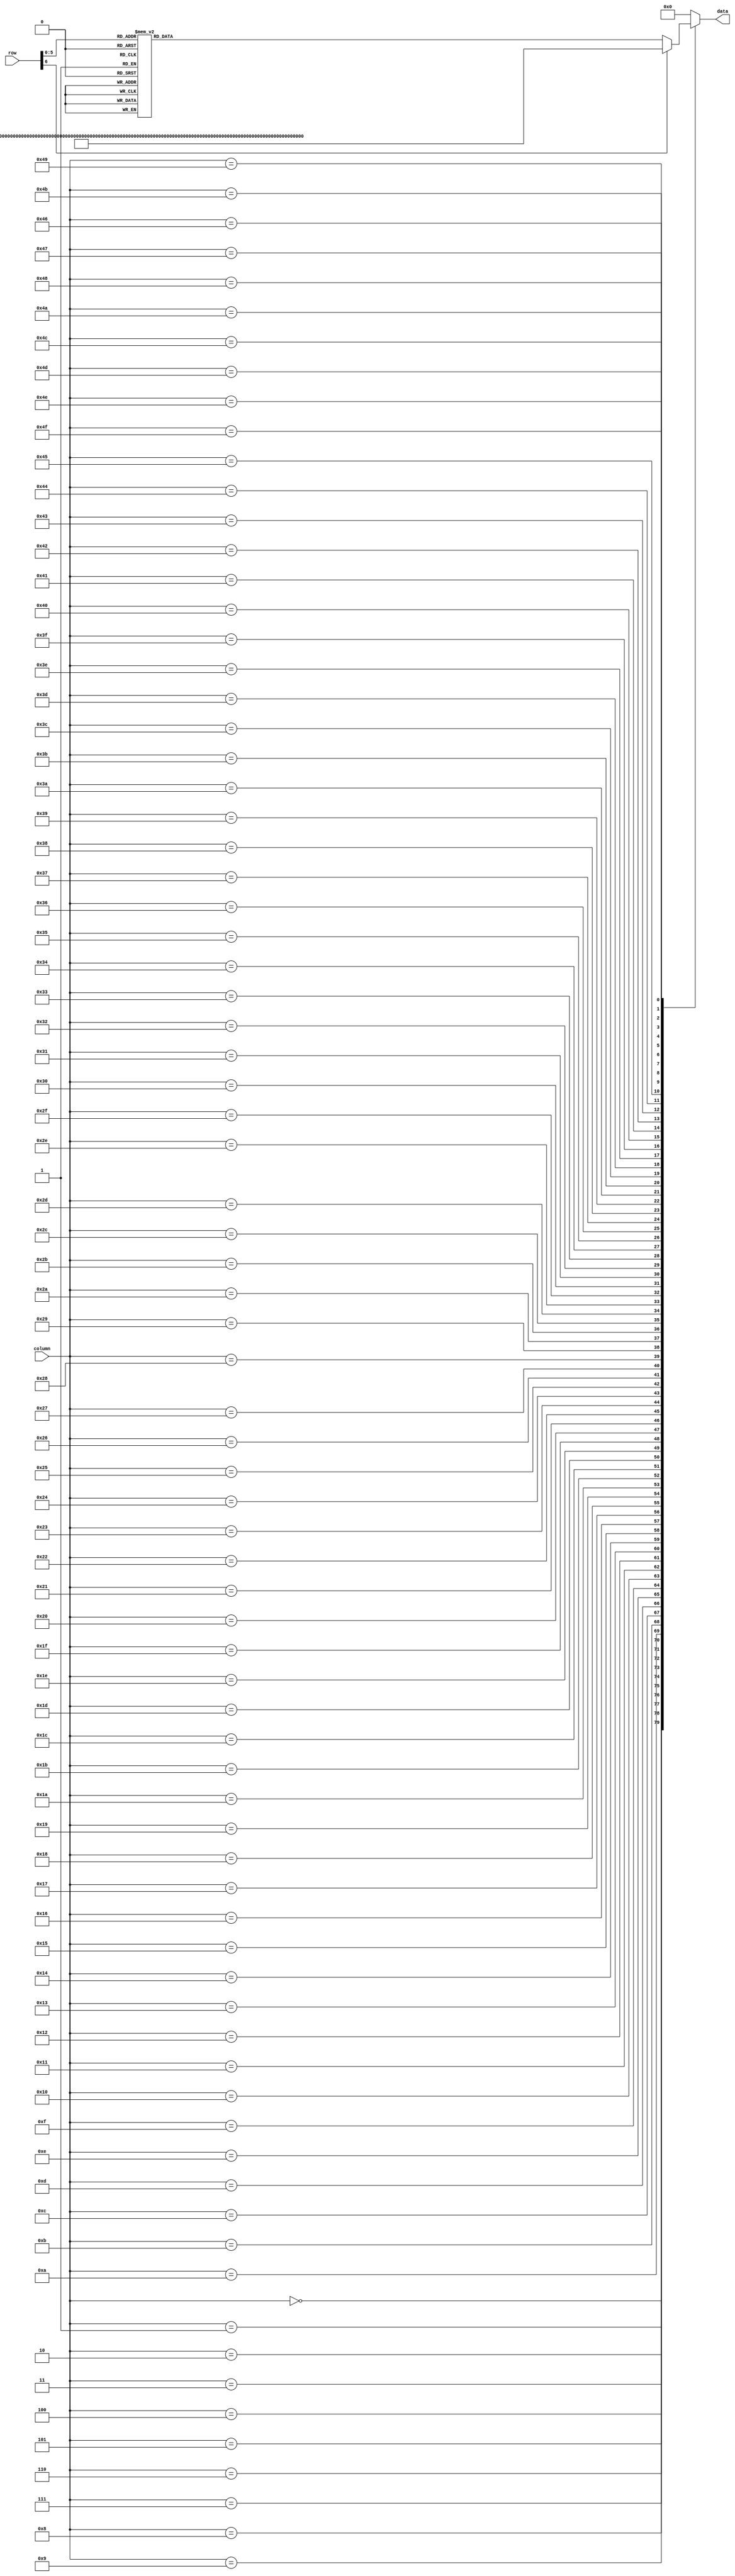
module vga_rom(row, column, data);
	// vga_rom basically holds the background characters to display, feel free to modify as desired.
	input [6:0] row, column;
	output reg [7:0] data;
	reg [8*80-1:0] row_data;

	// implement a asyncronous 60 word x 640 bit ROM
	// based on the row input row_data will be the 640-bit output representing the 80 8-bit characters making up the row 
	// note in character_lookup module the character for ASCII '_' and the following character have been replaced
	// with a visual representation of "off" and "on" for the purpose of visualizing binary data
	always @ (row) begin
		case(row)
	//     COLUMN             0         1         2         3         4         5         6         7
	//     NUMBER             01234567890123456789012345678901234567890123456789012345678901234567890123456789
			7'd00: row_data <= "          COMPUTER ARCHITECTURE PROCESSOR VISUALIZATION                         ";
			7'd01: row_data <= "              REGISTER FILE                      MEMORY                         ";
			7'd02: row_data <= "        HEX       BINARY               HEX       BINARY                         ";
			7'd03: row_data <= "            FEDCBA98 76543210              FEDCBA98 76543210                    ";
			7'd04: row_data <= "    R7 0000 ________ ________  MEM XX 0000 ________ ________                    ";
			7'd05: row_data <= "    R6 0000 ________ ________  MEM XX 0000 ________ ________                    ";
			7'd06: row_data <= "    R5 0000 ________ ________  MEM XX 0000 ________ ________                    ";
			7'd07: row_data <= "    R4 0000 ________ ________  MEM XX 0000 ________ ________                    ";
			7'd08: row_data <= "    R3 0000 ________ ________  MEM XX 0000 ________ ________                    ";
			7'd09: row_data <= "    R2 0000 ________ ________  MEM XX 0000 ________ ________                    ";
			7'd10: row_data <= "    R1 0000 ________ ________  MEM XX 0000 ________ ________                    ";
			7'd11: row_data <= "    R0 0000 ________ ________  MEM XX 0000 ________ ________                    ";
		   7'd12: row_data <= "                               MEM XX 0000 ________ ________                    ";
			7'd13: row_data <= "   DATA BUSSES                 MEM XX 0000 ________ ________                    ";
			7'd14: row_data <= "        HEX       BINARY       MEM XX 0000 ________ ________                    ";
			7'd15: row_data <= "            FEDCBA98 76543210  MEM XX 0000 ________ ________                    ";
			7'd16: row_data <= "  DATA 0000 ________ ________  MEM XX 0000 ________ ________                    ";
			7'd17: row_data <= "     A 0000 ________ ________  MEM XX 0000 ________ ________                    ";
			7'd18: row_data <= "     B 0000 ________ ________  MEM XX 0000 ________ ________                    ";
			7'd19: row_data <= " ADDRS 0000 ________ ________  MEM XX 0000 ________ ________                    ";
			7'd20: row_data <= "    PC 0000 ________ ________  MEM XX 0000 ________ ________                    ";
			7'd21: row_data <= " INSTR 0000 ________ ________  MEM XX 0000 ________ ________                    ";
			7'd22: row_data <= "                               MEM XX 0000 ________ ________                    ";
			7'd23: row_data <= "   CONTROL SIGNALS             MEM XX 0000 ________ ________                    ";
			7'd24: row_data <= "        HEX       BINARY       MEM XX 0000 ________ ________                    ";
			7'd25: row_data <= "            FEDCBA98 76543210  MEM XX 0000 ________ ________                    ";
			7'd26: row_data <= "    FS   00             _____  MEM XX 0000 ________ ________                    ";
			7'd27: row_data <= "    WR    0                 _  MEM XX 0000 ________ ________                    ";
			7'd28: row_data <= "    DA    0               ___  MEM XX 0000 ________ ________                    ";
			7'd29: row_data <= "    SA    0               ___  MEM XX 0000 ________ ________                    ";
			7'd30: row_data <= "    SB    0               ___  MEM XX 0000 ________ ________                    ";
			7'd31: row_data <= "  NAME 0000 ________ ________  MEM XX 0000 ________ ________                    ";
			7'd32: row_data <= "  NAME 0000 ________ ________  MEM XX 0000 ________ ________                    ";
			7'd33: row_data <= "  NAME 0000 ________ ________  MEM XX 0000 ________ ________                    ";
			7'd34: row_data <= "  NAME 0000 ________ ________  MEM XX 0000 ________ ________                    ";
			7'd35: row_data <= "  NAME 0000 ________ ________  MEM XX 0000 ________ ________                    ";
			7'd36: row_data <= "  NAME 0000 ________ ________  MEM XX 0000 ________ ________                    ";
			7'd37: row_data <= "  NAME 0000 ________ ________  MEM XX 0000 ________ ________                    ";
			7'd38: row_data <= "  NAME 0000 ________ ________  MEM XX 0000 ________ ________                    ";
			7'd39: row_data <= "  NAME 0000 ________ ________  MEM XX 0000 ________ ________                    ";
			7'd40: row_data <= "  NAME 0000 ________ ________  MEM XX 0000 ________ ________                    ";
			7'd41: row_data <= "  NAME 0000 ________ ________  MEM XX 0000 ________ ________                    ";
			7'd42: row_data <= "  NAME 0000 ________ ________  MEM XX 0000 ________ ________                    ";
			7'd43: row_data <= "  NAME 0000 ________ ________  MEM XX 0000 ________ ________                    ";
			7'd44: row_data <= "  NAME 0000 ________ ________  MEM XX 0000 ________ ________                    ";
			7'd45: row_data <= "  NAME 0000 ________ ________  MEM XX 0000 ________ ________                    ";
			7'd46: row_data <= "                                                                                ";
			7'd47: row_data <= "       CONTROL WORD HIGH              CONTROL WORD LOW                          ";
			7'd48: row_data <= "        HEX       BINARY               HEX       BINARY                         ";
			7'd49: row_data <= "            FEDCBA98 76543210              FEDCBA98 76543210                    ";
			7'd50: row_data <= "  HIGH 0000 ________ ________     LOW 0000 ________ ________                    ";
			7'd51: row_data <= "                                                                                ";
			7'd52: row_data <= "         STATUS SIGNALS                                                         ";
			7'd53: row_data <= "         HEX             VCNZ                                                   ";
			7'd54: row_data <= "          0              ____                                                   ";
			7'd55: row_data <= "                                                                                ";
			7'd56: row_data <= "                                                                                ";
			7'd57: row_data <= "                                                                                ";
			7'd58: row_data <= "                                                                                ";
			7'd59: row_data <= "                                                                                ";
			default: 
					 row_data <= "                                                                                ";
		endcase
	end
	
	// implement a 8-bit 64-to-1 multiplexer to select the 8-bits from the row corresponing with the column input
	always @ (*) begin
		case (column)
			7'd00: data <= row_data[8*80-1:8*79];
			7'd01: data <= row_data[8*79-1:8*78];
			7'd02: data <= row_data[8*78-1:8*77];
			7'd03: data <= row_data[8*77-1:8*76];
			7'd04: data <= row_data[8*76-1:8*75];
			7'd05: data <= row_data[8*75-1:8*74];
			7'd06: data <= row_data[8*74-1:8*73];
			7'd07: data <= row_data[8*73-1:8*72];
			7'd08: data <= row_data[8*72-1:8*71];
			7'd09: data <= row_data[8*71-1:8*70];
			7'd10: data <= row_data[8*70-1:8*69];
			7'd11: data <= row_data[8*69-1:8*68];
			7'd12: data <= row_data[8*68-1:8*67];
			7'd13: data <= row_data[8*67-1:8*66];
			7'd14: data <= row_data[8*66-1:8*65];
			7'd15: data <= row_data[8*65-1:8*64];
			7'd16: data <= row_data[8*64-1:8*63];
			7'd17: data <= row_data[8*63-1:8*62];
			7'd18: data <= row_data[8*62-1:8*61];
			7'd19: data <= row_data[8*61-1:8*60];
			7'd20: data <= row_data[8*60-1:8*59];
			7'd21: data <= row_data[8*59-1:8*58];
			7'd22: data <= row_data[8*58-1:8*57];
			7'd23: data <= row_data[8*57-1:8*56];
			7'd24: data <= row_data[8*56-1:8*55];
			7'd25: data <= row_data[8*55-1:8*54];
			7'd26: data <= row_data[8*54-1:8*53];
			7'd27: data <= row_data[8*53-1:8*52];
			7'd28: data <= row_data[8*52-1:8*51];
			7'd29: data <= row_data[8*51-1:8*50];
			7'd30: data <= row_data[8*50-1:8*49];
			7'd31: data <= row_data[8*49-1:8*48];
			7'd32: data <= row_data[8*48-1:8*47];
			7'd33: data <= row_data[8*47-1:8*46];
			7'd34: data <= row_data[8*46-1:8*45];
			7'd35: data <= row_data[8*45-1:8*44];
			7'd36: data <= row_data[8*44-1:8*43];
			7'd37: data <= row_data[8*43-1:8*42];
			7'd38: data <= row_data[8*42-1:8*41];
			7'd39: data <= row_data[8*41-1:8*40];
			7'd40: data <= row_data[8*40-1:8*39];
			7'd41: data <= row_data[8*39-1:8*38];
			7'd42: data <= row_data[8*38-1:8*37];
			7'd43: data <= row_data[8*37-1:8*36];
			7'd44: data <= row_data[8*36-1:8*35];
			7'd45: data <= row_data[8*35-1:8*34];
			7'd46: data <= row_data[8*34-1:8*33];
			7'd47: data <= row_data[8*33-1:8*32];
			7'd48: data <= row_data[8*32-1:8*31];
			7'd49: data <= row_data[8*31-1:8*30];
			7'd50: data <= row_data[8*30-1:8*29];
			7'd51: data <= row_data[8*29-1:8*28];
			7'd52: data <= row_data[8*28-1:8*27];
			7'd53: data <= row_data[8*27-1:8*26];
			7'd54: data <= row_data[8*26-1:8*25];
			7'd55: data <= row_data[8*25-1:8*24];
			7'd56: data <= row_data[8*24-1:8*23];
			7'd57: data <= row_data[8*23-1:8*22];
			7'd58: data <= row_data[8*22-1:8*21];
			7'd59: data <= row_data[8*21-1:8*20];
			7'd60: data <= row_data[8*20-1:8*19];
			7'd61: data <= row_data[8*19-1:8*18];
			7'd62: data <= row_data[8*18-1:8*17];
			7'd63: data <= row_data[8*17-1:8*16];
			7'd64: data <= row_data[8*16-1:8*15];
			7'd65: data <= row_data[8*15-1:8*14];
			7'd66: data <= row_data[8*14-1:8*13];
			7'd67: data <= row_data[8*13-1:8*12];
			7'd68: data <= row_data[8*12-1:8*11];
			7'd69: data <= row_data[8*11-1:8*10];
			7'd70: data <= row_data[8*10-1:8*9];
			7'd71: data <= row_data[8*9-1:8*8];
			7'd72: data <= row_data[8*8-1:8*7];
			7'd73: data <= row_data[8*7-1:8*6];
			7'd74: data <= row_data[8*6-1:8*5];
			7'd75: data <= row_data[8*5-1:8*4];
			7'd76: data <= row_data[8*4-1:8*3];
			7'd77: data <= row_data[8*3-1:8*2];
			7'd78: data <= row_data[8*2-1:8*1];
			7'd79: data <= row_data[7:0];
			default: data <= 8'b0;
		endcase
	end
		
endmodule